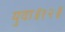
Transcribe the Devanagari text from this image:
युवा॥१२॥